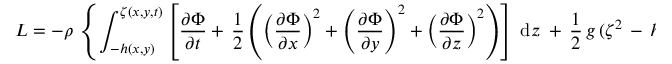
L = - \rho \, \left\{ \int _ { - h ( x , y ) } ^ { \zeta ( x , y , t ) } \left[ { \frac { \partial \Phi } { \partial t } } + \, { \frac { 1 } { 2 } } \left( \left( { \frac { \partial \Phi } { \partial x } } \right) ^ { 2 } + \left( { \frac { \partial \Phi } { \partial y } } \right) ^ { 2 } + \left( { \frac { \partial \Phi } { \partial z } } \right) ^ { 2 } \right) \right] \; { \mathrm { d } } z \; + \, { \frac { 1 } { 2 } } \, g \, ( \zeta ^ { 2 } \, - \, h ^ { 2 } ) \right\} ,